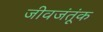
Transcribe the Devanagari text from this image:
जीवजंतूंक